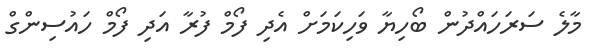
މާލެ ސަރަހައްދުން ބޯހިޔާ ވަހިކަމަށް އެދި ފޯމް ފުރާ އަދި ފޯމް ހައުސިންގް